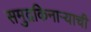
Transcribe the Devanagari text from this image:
समुद्रकिनाऱ्याची